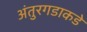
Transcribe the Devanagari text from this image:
अंतुरगडाकडे